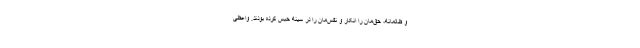
و ظالمانه، حق‌مان را انکار و نفس‌مان را در سینه حبس کرده بودند. واعظی